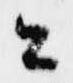
ニ